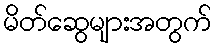
မိတ်ဆွေများအတွက်